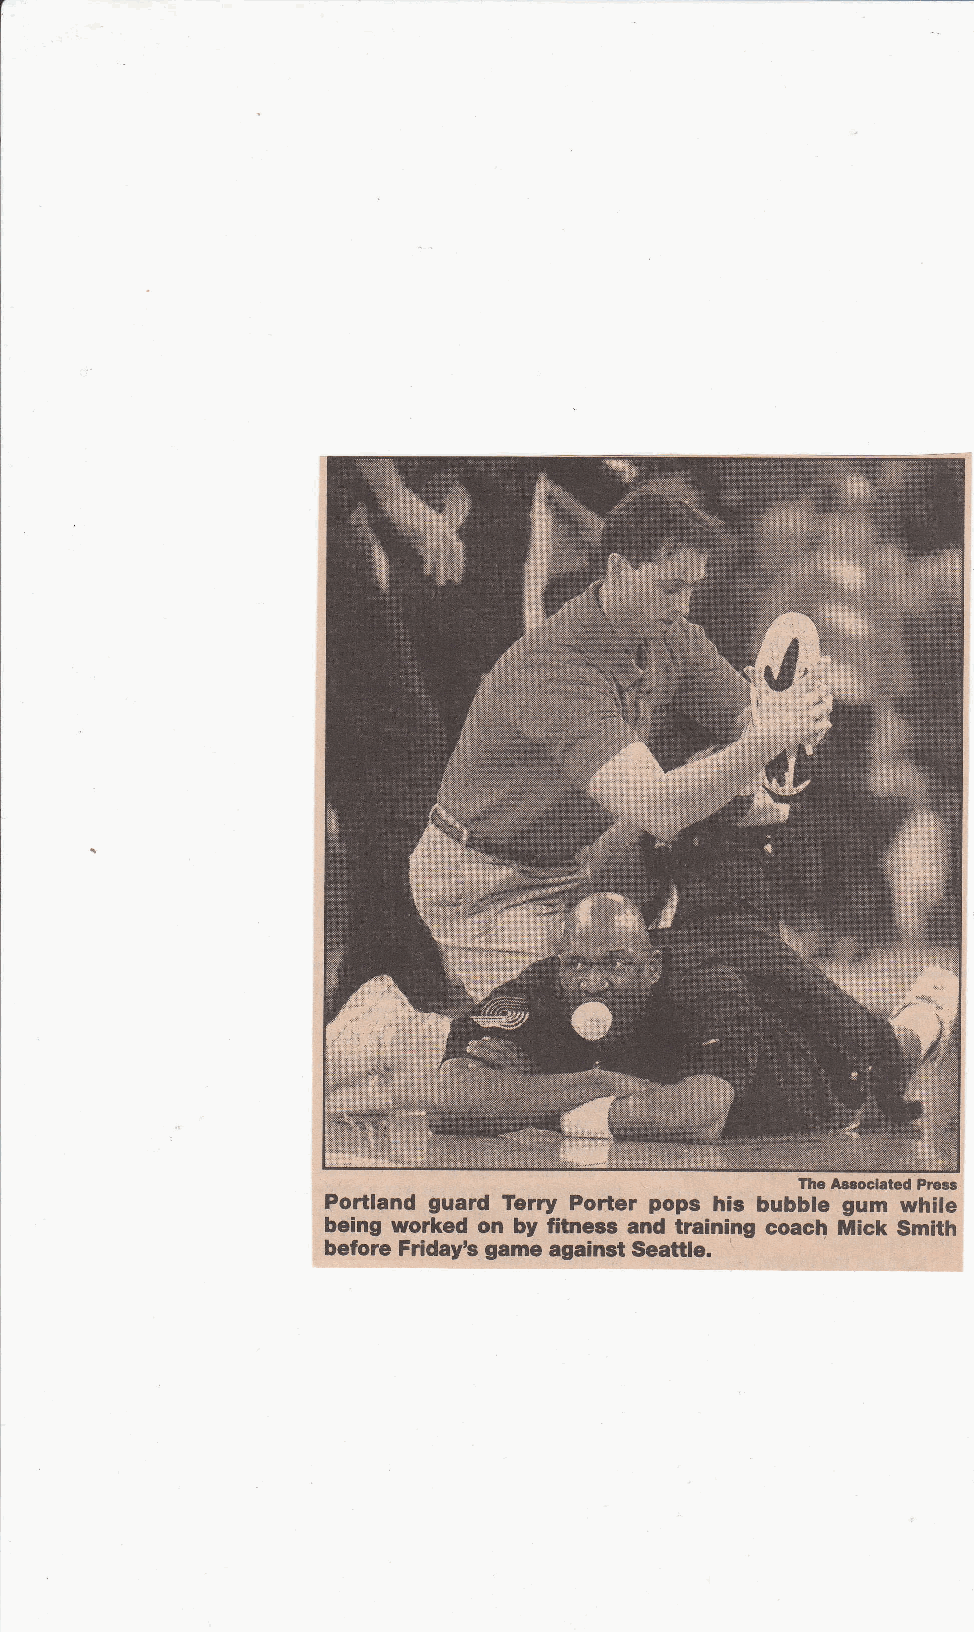
The Aasoclated Prssr
 Portland guard Terry Porter pops his bubble gum while
 yolfeq on by fitness-and coach fiicf Smittr
 P.1ng                 _iraining
 before Fridayb game against Seattle.